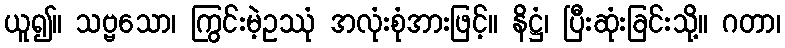
ယူ၍။ သဗ္ဗသော၊ ကြွင်းမဲ့ဥဿုံ အလုံးစုံအားဖြင့်။ နိဋ္ဌံ၊ ပြီးဆုံးခြင်းသို့။ ဂတာ၊